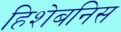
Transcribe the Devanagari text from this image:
हिशेबनिस